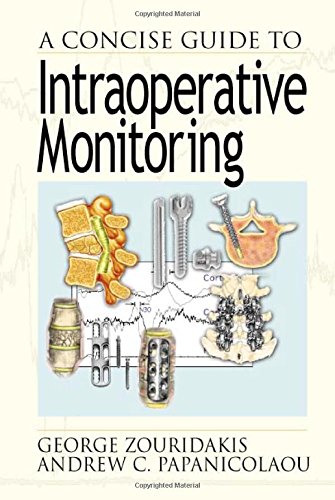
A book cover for A Concise Guide to Intraoperative Monitoring; George Zouridakis; Medical Books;